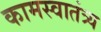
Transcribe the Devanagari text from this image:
कामस्वातंत्र्य